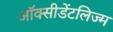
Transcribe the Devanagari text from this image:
ऑक्सीडेंटलिज्म